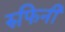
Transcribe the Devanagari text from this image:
रुफिनी